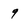
Character: 9